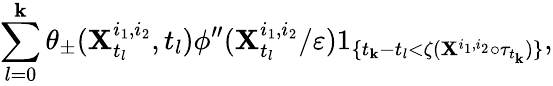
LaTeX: \sum_{l=0}^{\mathbf{k}}\theta_{\pm}(\mathbf{X}_{t_{l}}^{i_{1},i_{2}},t_{l})\phi^{\prime\prime}(\mathbf{X}_{t_{l}}^{i_{1},i_{2}}/\varepsilon)1_{\{ t_{\mathbf{k}}-t_{l}<\zeta(\mathbf{X}^{i_{1},i_{2}}\circ\tau_{t_{\mathbf{k}}})\} },